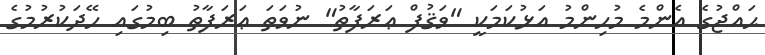
ޙައްޖުގެ އެންމެ މުހިންމު އަޅުކަމަކީ "ވަޤުފް ޢަރަފާތު" ނުވަތަ ޢަރަފާތު ބިމުގައި ހޭދަކުރުމުގެ